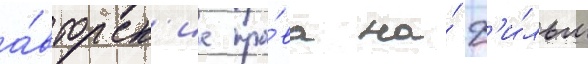
а́вторск'ие пра́ва на́ ф'и́льм